Vaccination in Bombay 1889-1901 - 1889-1901
Year: 1889
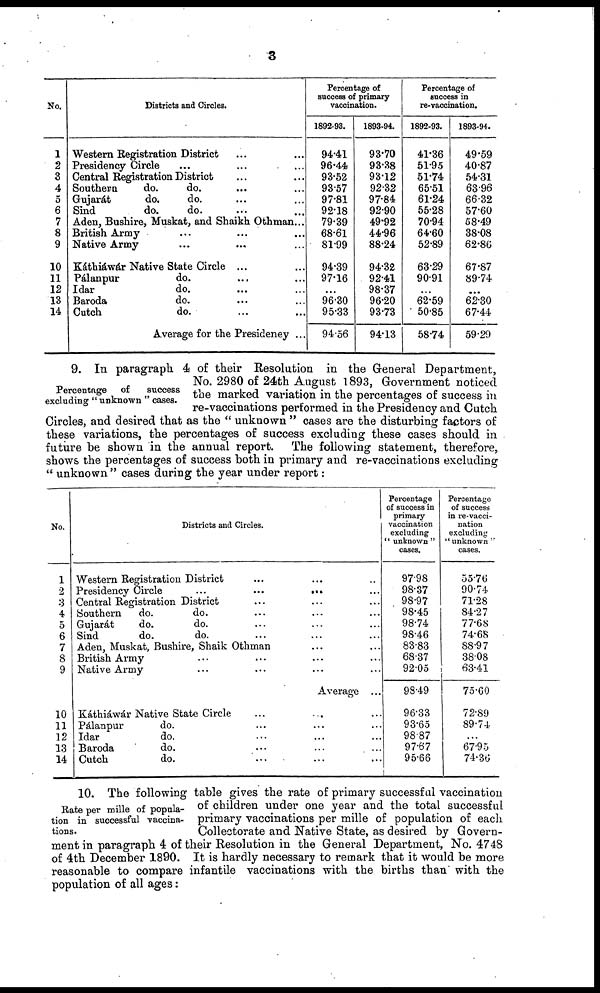
3
No.
1
2
3
4
5
6
7
8
9
10
11
12
13
14
Districts and Circles.
Western Registration District ... ...
Presidency Circle ... ... ...
Central Registration District ... ...
Southern
do.
do ... ...
Gujarát
do.
do. ... ...
Sind
do.
do. ... ...
Aden, Bushire, Muskat, and Shaikh Othman...
British Army ... ... ...
Native Army ... ... ...
Káthiawár Native State Circle ... ...
Pálanpur
do. ... ...
Idar
do. ... ...
Baroda
do.
Cutch
do.
Average for the Presidency ...
Percentage of
success of primary
vaccination.
1892-93.
94.41
96.44
93.52
93.57
97.81
92.18
79.39
68.61
81.99
94.39
97.16
....
96.30
95.33
94.56
1893-94.
93.70
93.38
93.12
92.32
97.84
92.90
49.92
44.96
88.24
94.32
92.41
98.37
96.20
93.73
94.13
Percentage of
success in
re-vaccination.
1892-93.
41.36
51.95
51.74
65.51
61.24
55.28
70.94
64.60
52.89
63.29
90.91
...
62.59
50.85
58.74
1893-94.
49.59
40.87
54.31
63.96
66.32
57.60
58.49
38.08
62.86
67.87
89.74
...
62.30
67.44
59.29
Percentage of
success
excluding “ unknown “ cases.
9. In paragraph 4 of their Resolution in the General Department,
No. 2980 of 24th August 1893, Government noticed
the marked variation in the percentages of success in
re-vaccinations performed in the Presidency and Cutch
Circles, and desired that as the " unknown " cases are the disturbing factors of
these variations, the percentages of success excluding these cases should in
future be shown in the annual report. The following statement, therefore,
shows the percentages of success both in primary and re-vaccinations excluding
" unknown " cases during the year under report:
No.
1
2
3
4
5
6
7
8
9
10
11
12
13
14
Districts and Circles.
Western Registration District ... ... ...
Presidency Circle
...
...
...
Central Registration District ... ... ...
Southern
do.
do. ... ... ...
Gujarát
do.
do. ... ... ...
Sind
do.
do. ... ... ...
Aden, Muskat, Bushire, Shaik Othman ...
British Army ... ... ... ...
Native Army ... ... ... ...
Average ...
Káthiáwár Native State Circle
Pálanpur
do. ... ... ...
Idar
do. ... ... ...
Baroda
do. ... ... ...
Cutch
do. ... ... ...
Percentage
of success in
primary
vaccination
excluding
" unknown "
cases.
97.8
98.37
98.97
98.45
98.74
98.46
83.83
68.37
92.05
98.49
96.33
93.65
98.87
97.67
95.66
Percentage
of success
in re-vacci-
nation
excluding
"unknown "
cases.
55.76
90.74
71.28
84.27
77.68
74.68
88.97
38.08
63.41
75.60
72.89
89.74
...
67.95
74.36
Rate per mille of popula-
tion in successful vaccina-
tions.
10. The following table gives the rate of primary successful vaccination
of children under one year and the total successful
primary vaccinations per mille of population of each
Collectorate and Native State, as desired by Govern-
ment in paragraph 4 of their Resolution in the General Department, No. 4748
of 4th December 1890. It is hardly necessary to remark that it would be more
reasonable to compare infantile vaccinations with the births than with the
population of all ages: